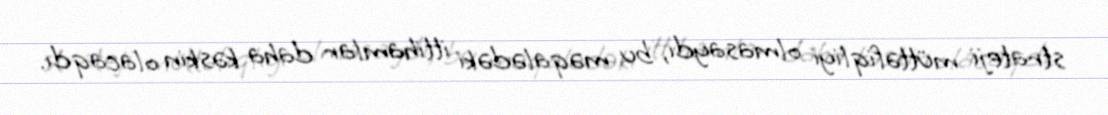
strateji müttəfiqliyi olmasaydı, bu məqalədəki ittihamlar daha kəskin olacaqdı.